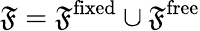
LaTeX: \mathfrak{F}=\mathfrak{F}^{\mathrm{fixed}}\cup\mathfrak{F}^{\mathrm{free}}